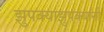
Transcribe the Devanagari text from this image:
झुपक्याझुपक्यांनी